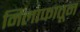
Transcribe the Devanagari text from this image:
मिलाफातून